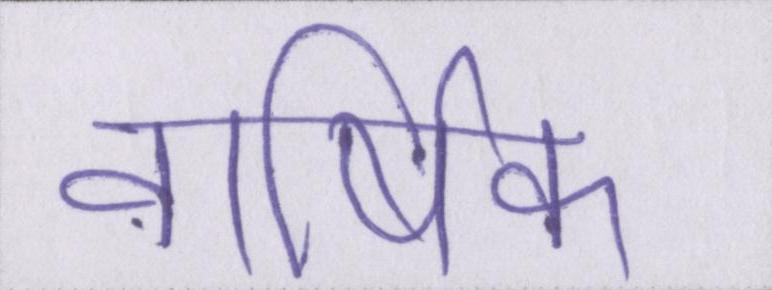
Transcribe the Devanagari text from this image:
वार्षिक